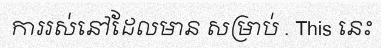
ការរស់នៅដែលមាន សម្រាប់ . This នេះ